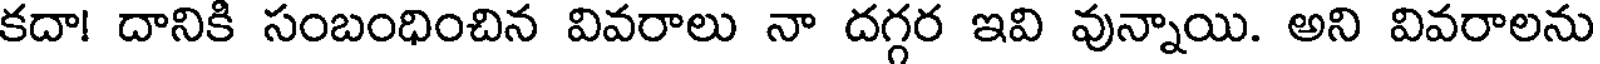
కదా! దానికి సంబంధించిన వివరాలు నా దగ్గర ఇవి వున్నాయి. అని వివరాలను